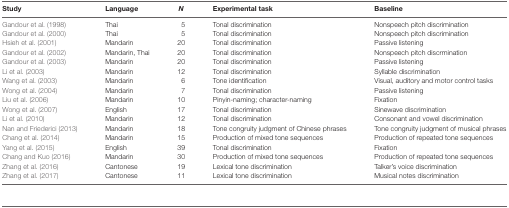
| Study | Language | N | Experimental task | Baseline |
 | --- | --- | --- | --- | --- |
 | Gandour et al. (1998) | Thai | 5 | Tonal discrimination | Nonspeech pitch discrimination |
 | Gandour et al. (2000) | Thai | 5 | Tonal discrimination | Nonspeech pitch discrimination |
 | Hsieh et al. (2001) | Mandarin | 20 | Tonal discrimination | Passive listening |
 | Gandour et al. (2002) | Mandarin, Thai | 20 | Tonal discrimination | Nonspeech pitch discrmination |
 | Gandour et al. (2003) | Mandarin | 20 | Tonal discrimination | Passive listening |
 | Li et al. (2003) | Mandarin | 12 | Tonal discrimination | Syllable discrimination |
 | Wang et al. (2003) | Mandarin | 6 | Tone identification | Visual, auditory and motor control tasks |
 | Wong et al. (2004) | Mandarin | 7 | Tonal discrimination | Passive listening |
 | Liu et al. (2006) | Mandarin | 10 | Pinyin-naming; character-naming | Fixation |
 | Wong et al. (2007) | English | 17 | Tonal discrimination | Sinewave discrimination |
 | Li et al. (2010) | Mandarin | 12 | Tonal discrimination | Consonant and vowel discrimination |
 | Nan and Friederici (2013) | Mandarin | 18 | Tone congruity judgment of Chinese phrases | Tone congruity judgment of musical phrases |
 | Chang et al. (2014) | Mandarin | 15 | Production of mixed tone sequences | Production of repeated tone sequences |
 | Yang et al. (2015) | English | 39 | Tonal discrimination | Fixation |
 | Chang and Kuo (2016) | Mandarin | 30 | Production of mixed tone sequences | Production of repeated tone sequences |
 | Zhang et al. (2016) | Cantonese | 19 | Lexical tone discrimination | Talker’s voice discrimination |
 | Zhang et al. (2017) | Cantonese | 11 | Lexical tone discrimination | Musical notes discrimination |